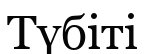
Түбіті